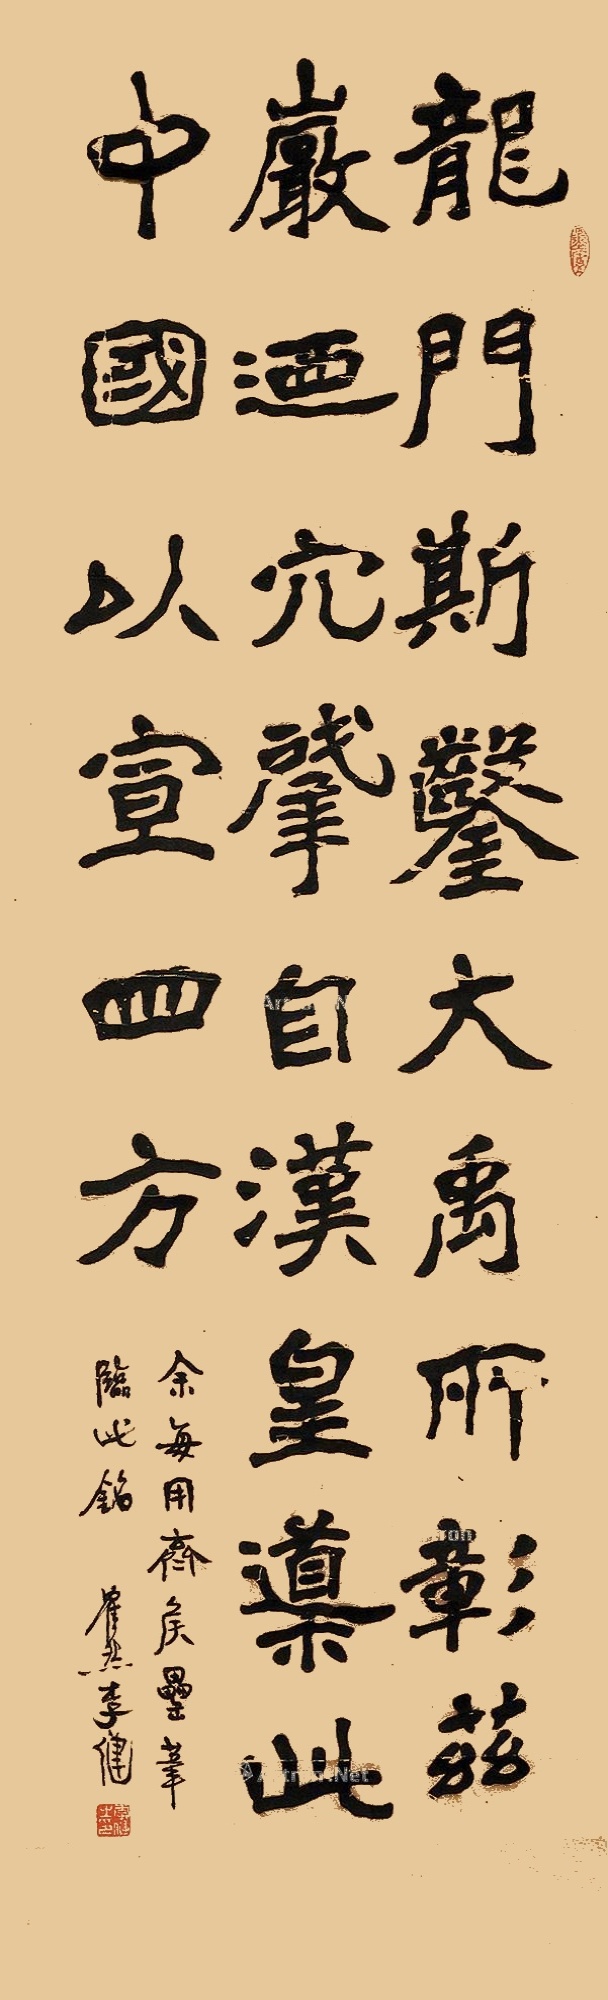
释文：龙门斯凿，大禹所彰。兹岩乃穴，肇自汉皇。导此中国，以宣四方。余每用齐侯罍笔临此铭，寉然李健。